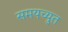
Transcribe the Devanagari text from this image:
समयच्युत